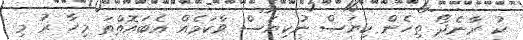
ކު ރާނެދޯ ތިހެން ކިޔަސް ނުކިޔަސް ވާކަމެއް އެބައޮތްތަ މިހާ ރު މި